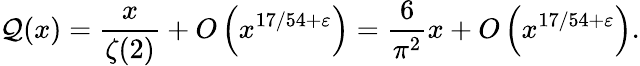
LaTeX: \mathcal{Q}(x)={\frac{{x}}{{\zeta(2)}}}+O\left(x^{17/54+\varepsilon}\right)={\frac{{6}}{{\pi^{2}}}}x+O\left(x^{17/54+\varepsilon}\right).